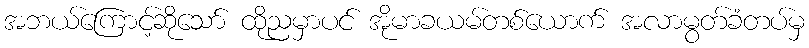
အဘယ်ကြောင့်ဆိုသော် ထိုညမှာပင် အိုမာခယမ်တစ်ယောက် အလာမွတ်ခံတပ်မှ